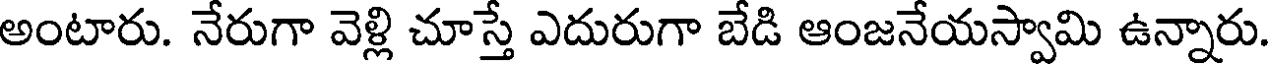
అంటారు. నేరుగా వెళ్లి చూస్తే ఎదురుగా బేడి ఆంజనేయస్వామి ఉన్నారు.